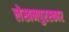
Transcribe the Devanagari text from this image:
लेखनपुरस्कार